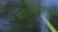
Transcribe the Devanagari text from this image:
भारतादरम्यानच्या